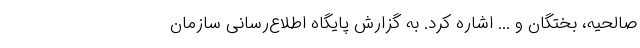
صالحیه، بختگان و ... اشاره کرد. به گزارش پایگاه اطلاع‌رسانی سازمان